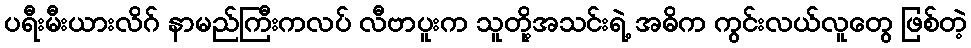
ပရီးမီးယားလိဂ် နာမည်ကြီးကလပ် လီဗာပူးက သူတို့အသင်းရဲ့ အဓိက ကွင်းလယ်လူတွေ ဖြစ်တဲ့